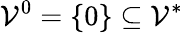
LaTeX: \mathcal{V}^{0}=\{ 0\} \subseteq\mathcal{V}^{*}